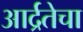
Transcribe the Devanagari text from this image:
आर्द्रतेचा